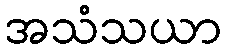
အသံသယာ